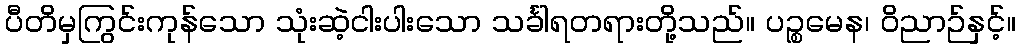
ပီတိမှကြွင်းကုန်သော သုံးဆဲ့ငါးပါးသော သင်္ခါရတရားတို့သည်။ ပဉ္စမေန၊ ဝိညာဉ်နှင့်။